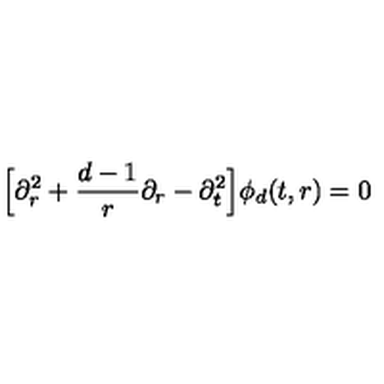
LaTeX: \Big [ \partial _ { r } ^ { 2 } + \frac { d - 1 } { r } \partial _ { r } - \partial _ { t } ^ { 2 } \Big ] \phi _ { d } ( t , r ) = 0